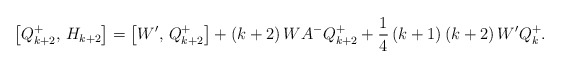
\begin{align*}\left[Q_{k+2}^+,\,H_{k+2}\right]=\left[W',\,Q_{k+2}^+ \right]+\left(k+2\right)WA^-Q_{k+2}^++\frac 14 \left(k+1\right)\left(k+2\right)W'Q_k^+.\end{align*}